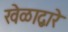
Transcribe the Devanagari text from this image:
खेळाद्वारे